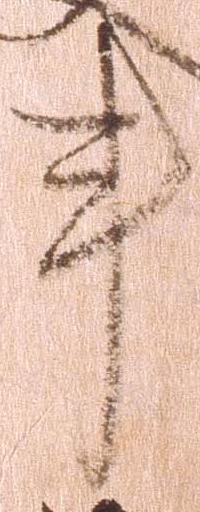
亊